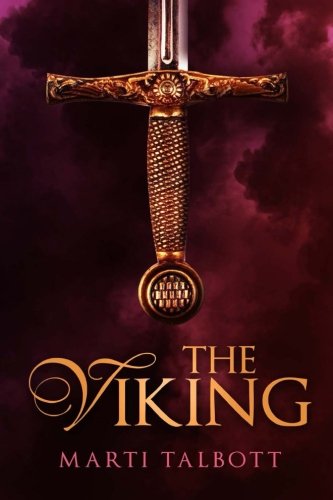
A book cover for The Viking; Marti Talbott; Romance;